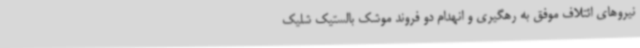
نیروهای ائتلاف موفق به رهگیری و انهدام دو فروند موشک بالستیک شلیک